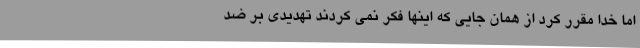
اما خدا مقرر کرد از همان جایی که اینها فکر نمی کردند تهدیدی بر ضد